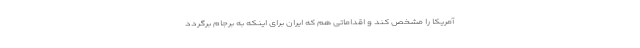
آمریکا را مشخص کند و اقداماتی هم که ایران برای اینکه به برجام برگردد